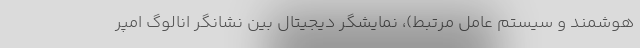
هوشمند و سیستم عامل مرتبط)، نمایشگر دیجیتال بین نشانگر انالوگ امپر